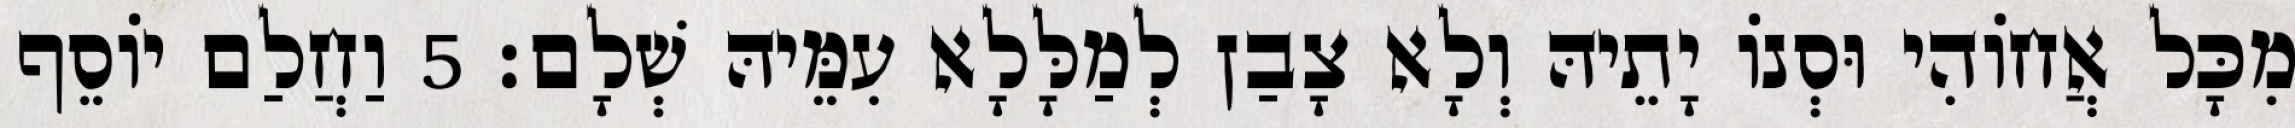
מִכָּל אֲחוֹהִי וּסְנוֹ יָתֵיהּ וְלָא צָבַן לְמַלָּלָא עִמֵּיהּ שְׁלָם׃ 5 וַחֲלַם יוֹסֵף